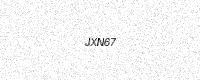
Text: JXN67